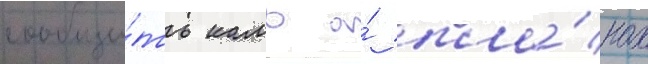
сообщи́ть камо о́ пла́нах